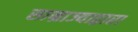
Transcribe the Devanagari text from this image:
साम्राज्याद्वारा